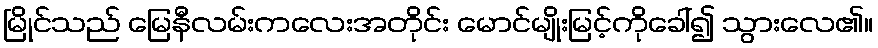
မြိုင်သည် မြေနီလမ်းကလေးအတိုင်း မောင်မျိုးမြင့်ကိုခေါ်၍ သွားလေ၏။